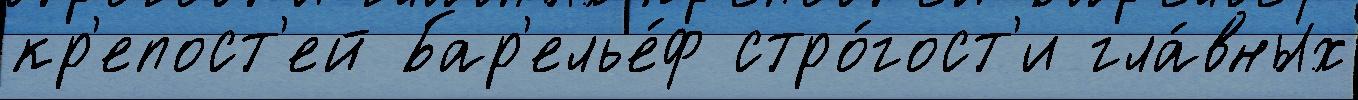
кр'епост'ей Бар'елье́ф стро́гост'и гла́вных